Bombay plague: being a history of the progress of plague in the Bombay presidency from September 1896 to June 1899
Year: 1896
Disease focus: Plague
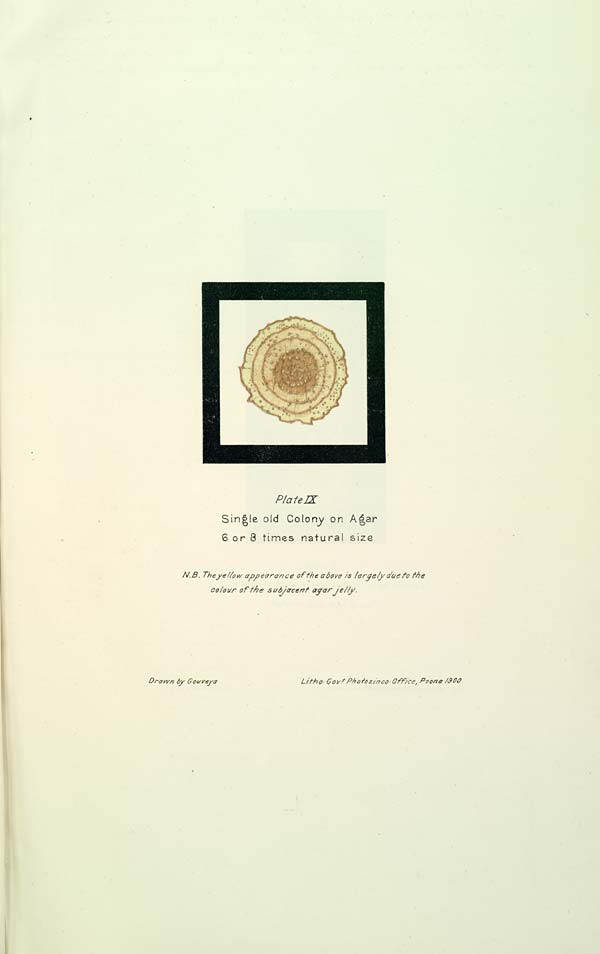
Plate IX
Single old Colony on Agar
6 or 8 times natural size
N.B. The yellow appearance of the above is largely due to the
colour of the subjacent agar jelly.
Drawn by Gouveya
Litho:
Govt
Photozinco:
Office, Poona 1900.